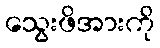
သွေးဖိအားကို